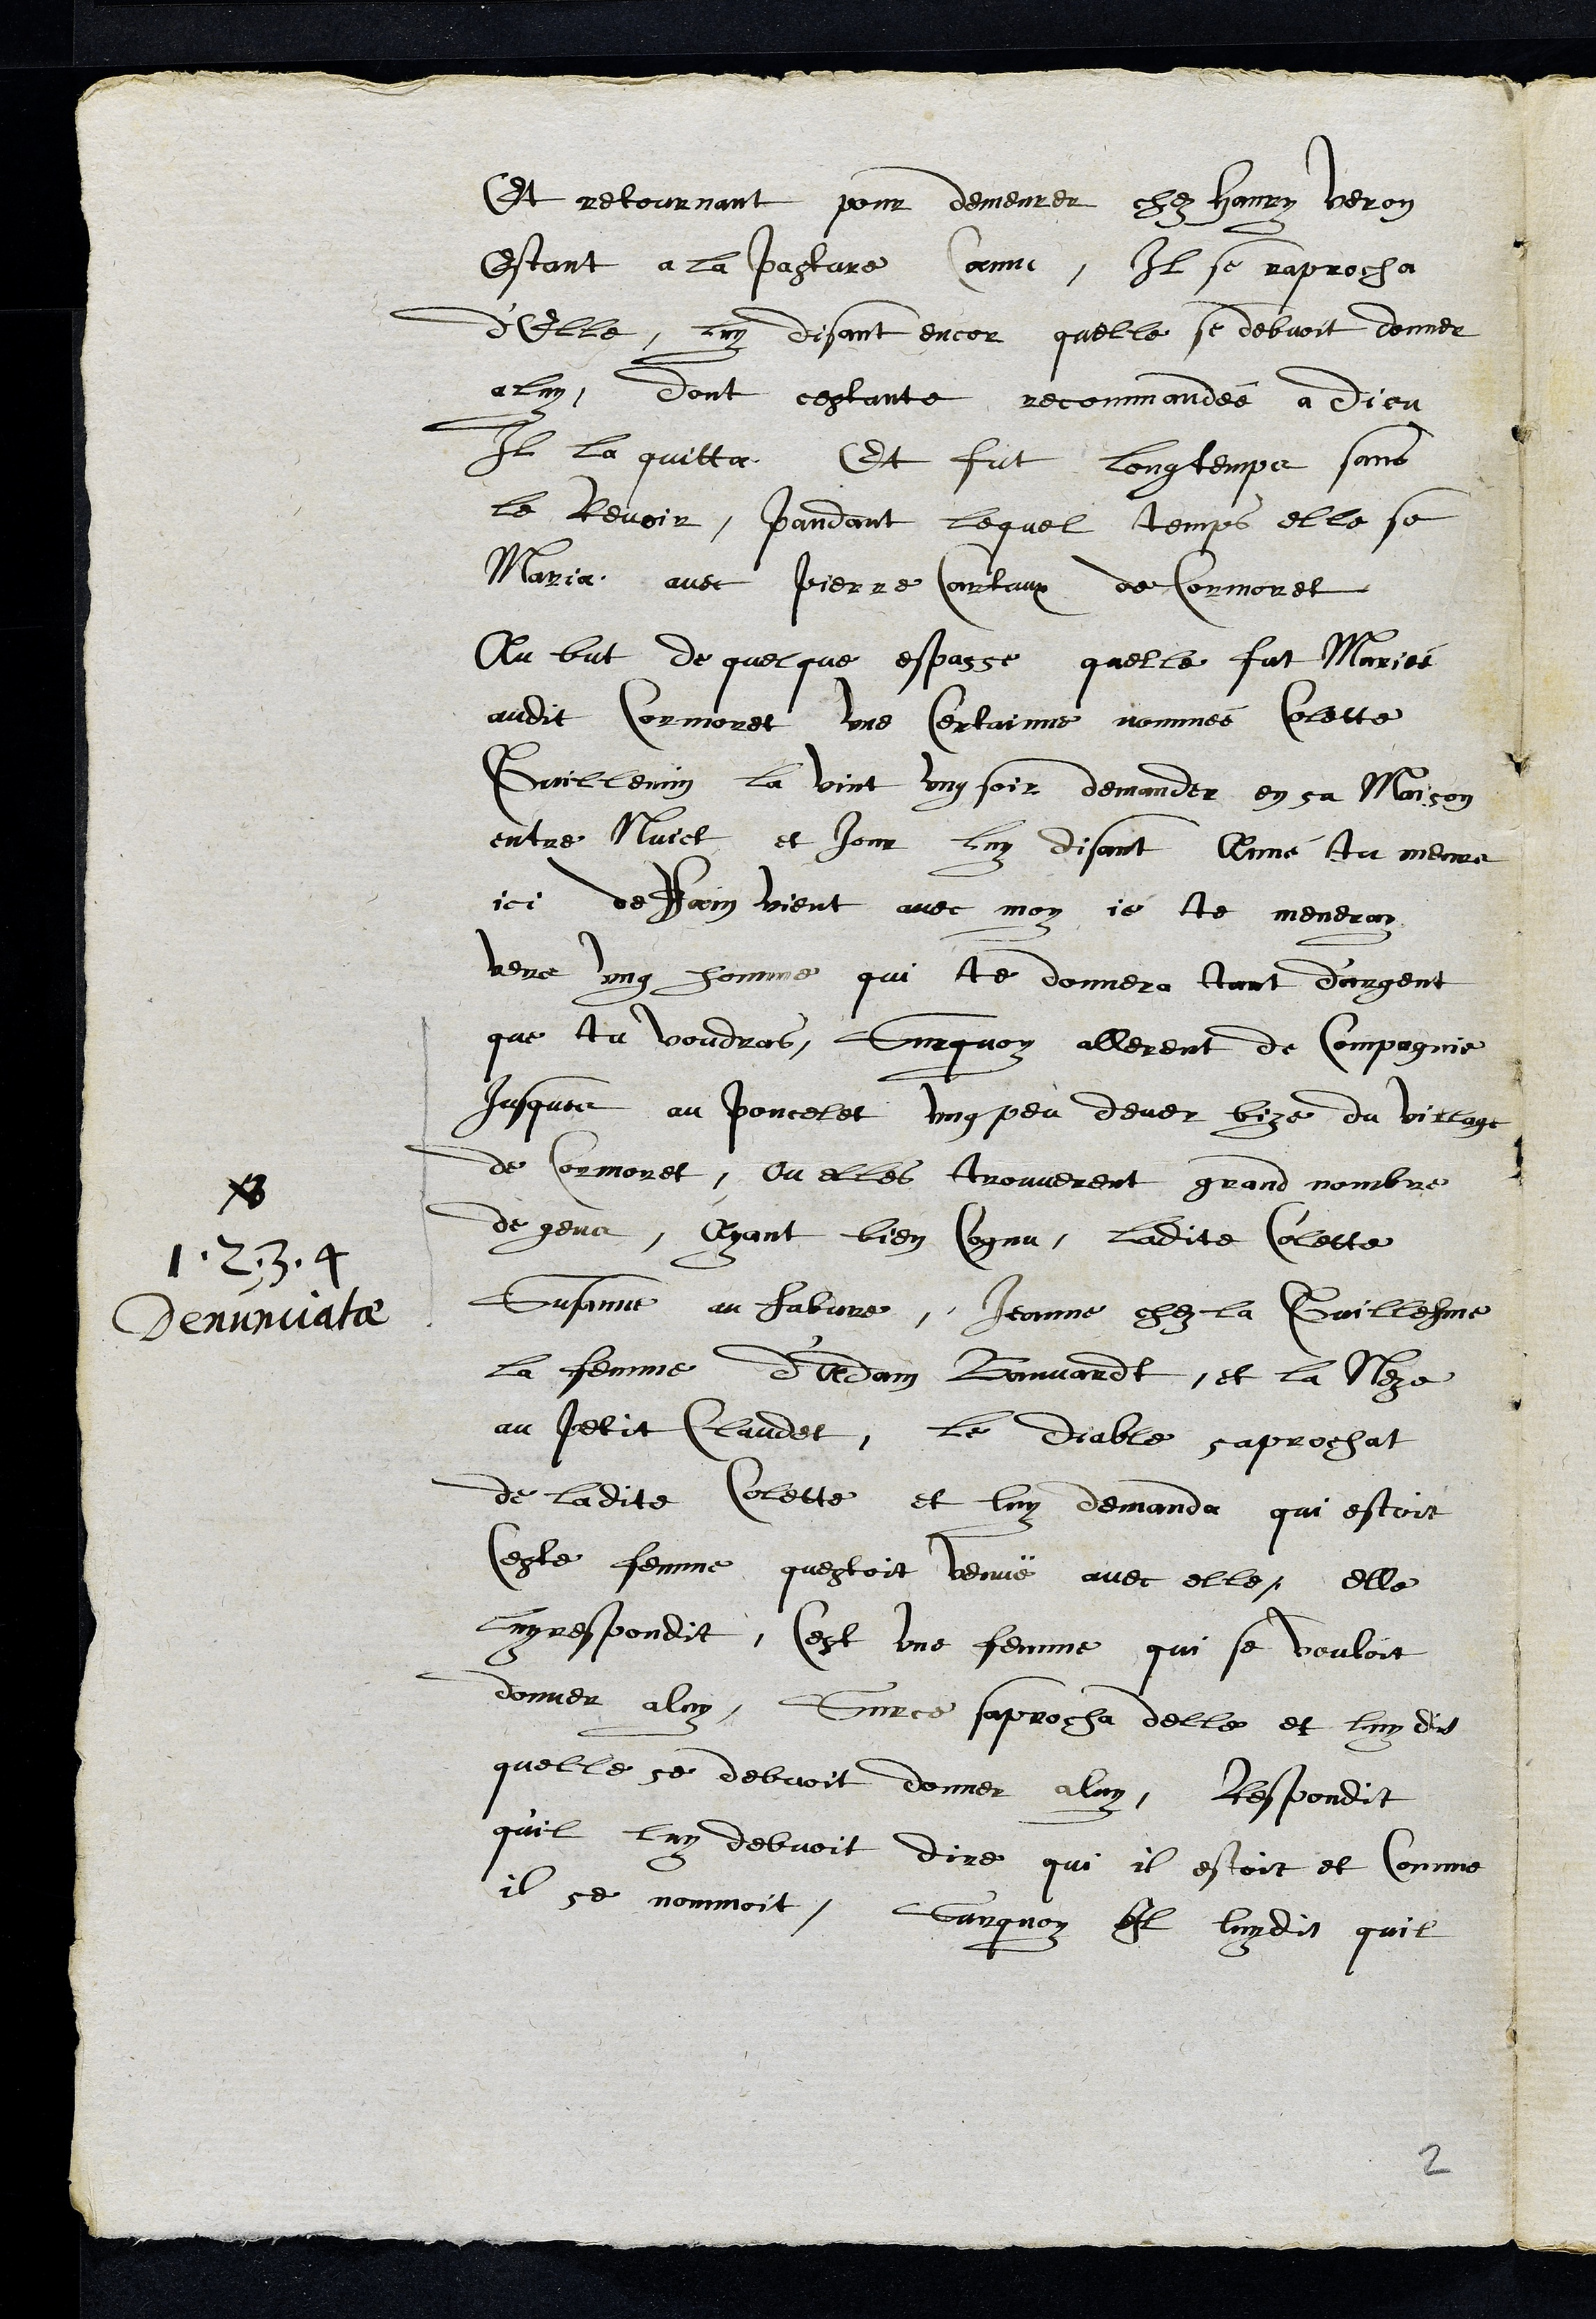
NB
1, 2, 3, 4
Denunciatae

et retournant pour demeurer chez Hanry Veron
Estant a la pasture Comme Il se raprocha
d'elle, luy disant encor quelle se debvoit donner
a luy, dont cestante recommandée a Dieu
Item la quitta Et fut longtemps sans
le Revoir, pandant lequel temps elle se
Maria avec Pierre Cartaux de Cormoret
Au but de quelque espasse quelle fut Mariée
audit Cormoret une certainne nommée Colette
Guillemin la vint ung soir demander en sa maison
entre Nuict et jour luy disant Anné tu meure
ici deffaim vient avec moy, je te meneray
vers ung homme qui te donnera tant d'argent
que tu voudras, Surquoy allerent de Compagnie
Jusque au poncelet ung peu dever bize du village
de Cormoret, ou elles trouverent grand nombre
de gens, Ayant bien cognu, ladite Colette
Susanne au fabvre, Jeanne chez la Guillesme
la femme d'Adam Banvardt, et la Neze
au petit Claudet, le diable saprochat
de ladite Colette et luy demanda qui estoit
ceste femme questoit venue avec elle, elle
luy respondit, Cest une femme qui se vouloit
donner a luy, Sur ce saprocha delle et luy dit
quelle se debvoit donner a luy, Respondit
qu'il luy debvoit dire qui il estoit et comme
il se nommoit, Sur quoy Il luy dit quil
2